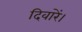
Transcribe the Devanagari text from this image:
दिवारें।